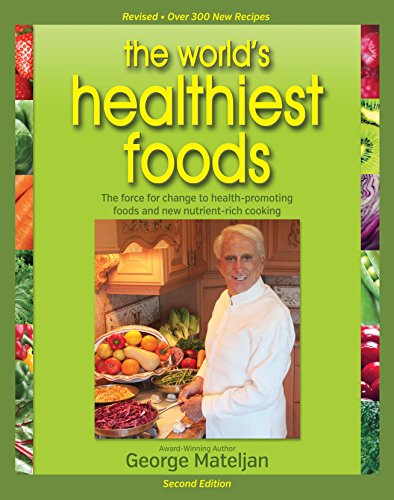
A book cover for World's Healthiest Foods, 2nd Edition: The Force For Change To Health-Promoting Foods and New Nutrient-Rich Cooking; George Mateljan; Health, Fitness & Dieting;